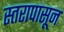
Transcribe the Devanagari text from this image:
स्तरापासून